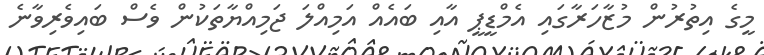
މީގެ އިތުރުން މުޒާހަރާގައި އެމްޑީޕީ އާއި ބައެއް އަމިއްލަ ޖަމިއްޔާތަކުން ވެސް ބައިވެރިވާނެ